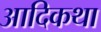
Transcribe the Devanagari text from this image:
आदिकथा